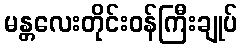
မန္တလေးတိုင်းဝန်ကြီးချုပ်